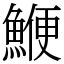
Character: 鯾